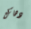
دهاك